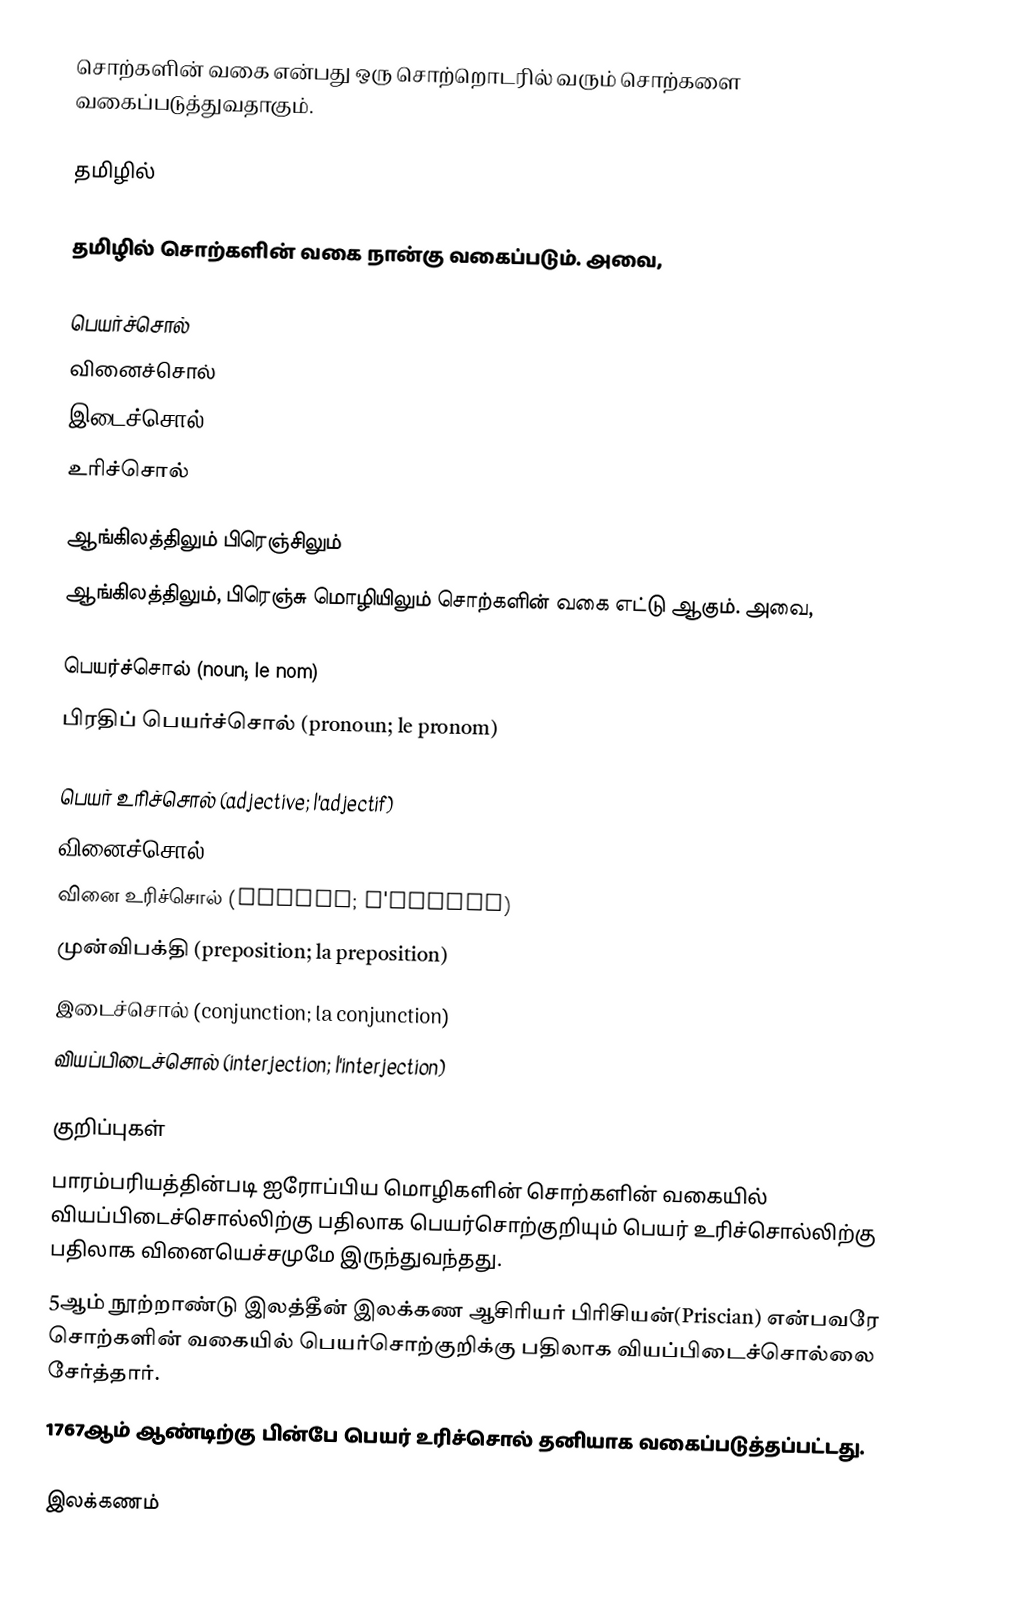
சொற்களின் வகை என்பது ஒரு சொற்றொடரில் வரும் சொற்களை வகைப்படுத்துவதாகும்.

தமிழில்

தமிழில் சொற்களின் வகை நான்கு வகைப்படும். அவை,

 பெயர்ச்சொல்
 வினைச்சொல்
 இடைச்சொல்
 உரிச்சொல்

ஆங்கிலத்திலும் பிரெஞ்சிலும்
ஆங்கிலத்திலும், பிரெஞ்சு மொழியிலும் சொற்களின் வகை எட்டு ஆகும். அவை,

 பெயர்ச்சொல் (noun; le nom)
 பிரதிப் பெயர்ச்சொல் (pronoun; le pronom)

 பெயர் உரிச்சொல் (adjective; l'adjectif)
 வினைச்சொல் (verb; le verbe)
 வினை உரிச்சொல் (adverb; l'averbe)
 முன்விபக்தி (preposition; la preposition)
 இடைச்சொல் (conjunction; la conjunction)
 வியப்பிடைச்சொல் (interjection; l'interjection)

குறிப்புகள்
 பாரம்பரியத்தின்படி ஐரோப்பிய மொழிகளின் சொற்களின் வகையில் வியப்பிடைச்சொல்லிற்கு பதிலாக பெயர்சொற்குறியும் பெயர் உரிச்சொல்லிற்கு பதிலாக வினையெச்சமுமே இருந்துவந்தது.
 5ஆம் நூற்றாண்டு இலத்தீன் இலக்கண ஆசிரியர் பிரிசியன்(Priscian) என்பவரே சொற்களின் வகையில் பெயர்சொற்குறிக்கு பதிலாக வியப்பிடைச்சொல்லை சேர்த்தார்.
 1767ஆம் ஆண்டிற்கு பின்பே பெயர் உரிச்சொல் தனியாக வகைப்படுத்தப்பட்டது.

இலக்கணம்